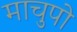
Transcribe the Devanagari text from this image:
माचुपो